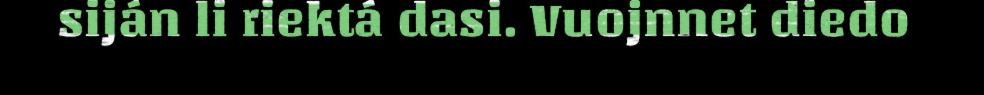
siján li riektá dasi. Vuojnnet diedo